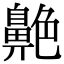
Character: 𦫱